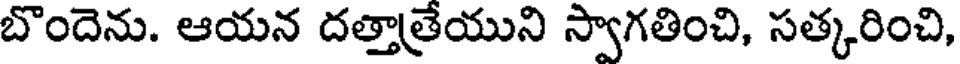
బొందెను. ఆయన దత్తాత్రేయుని స్వాగతించి, సత్కరించి,